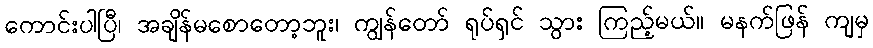
ကောင်းပါပြီ၊ အချိန်မစောတော့ဘူး၊ ကျွန်တော် ရုပ်ရှင် သွား ကြည့်မယ်။ မနက်ဖြန် ကျမှ